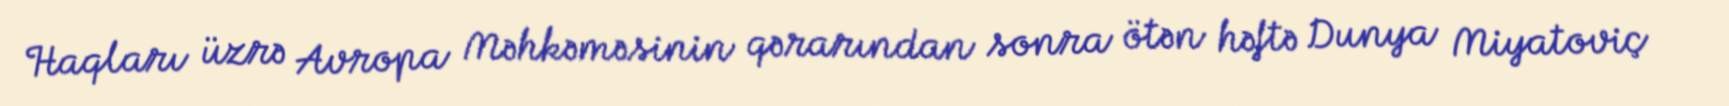
Haqları üzrə Avropa Məhkəməsinin qərarından sonra ötən həftə Dunya Miyatoviç